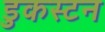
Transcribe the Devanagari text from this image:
डुकस्टन